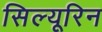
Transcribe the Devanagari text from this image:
सिल्यूरिन